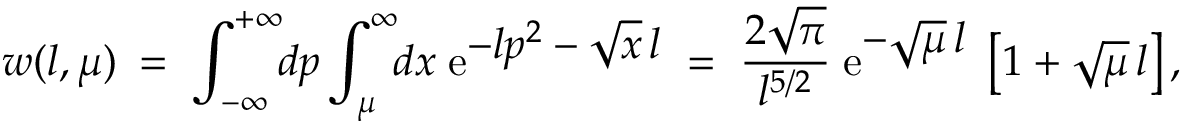
w ( l , \mu ) \: = \; \int _ { - \infty } ^ { + \infty } \! \! d p \int _ { \mu } ^ { \infty } \! \! d x \; \mathrm { e } ^ { \textstyle - l p ^ { 2 } - \sqrt { x } \, l } \; = \; \frac { 2 \sqrt { \pi } } { l ^ { 5 / 2 } } \; \mathrm { e } ^ { \textstyle - \sqrt { \mu } \, l } \; \left[ 1 + \sqrt { \mu } \, l \right] ,